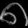
Digit: ၈